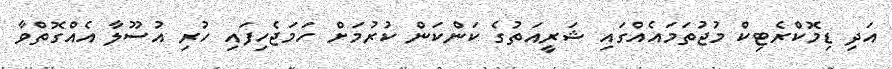
އަދި ޑިމޮކްރެޓިކް މުޖުތަމައެއްގައި ޝަރީއަތުގެ ކަންކަން ކުރުމަށް ހަމަޖެހިފައި ހުރި އުސޫލާ އެއްގޮތްވާ